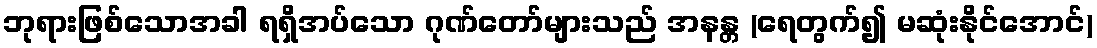
ဘုရားဖြစ်သောအခါ ရရှိအပ်သော ဂုဏ်တော်များသည် အနန္တ (ရေတွက်၍ မဆုံးနိုင်အောင်)